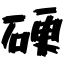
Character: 硬